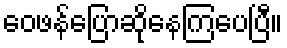
ဝေဖန်ပြောဆိုနေကြပေပြီ။